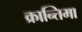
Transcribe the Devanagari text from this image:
क्रान्तिमा